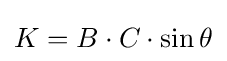
K=B\cdot C\cdot \sin \theta